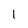
Character: 1